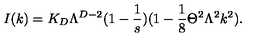
I ( k ) = K _ { D } \Lambda ^ { D - 2 } ( 1 - \frac { 1 } { s } ) ( 1 - \frac { 1 } { 8 } \Theta ^ { 2 } \Lambda ^ { 2 } k ^ { 2 } ) .